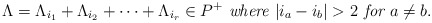
\begin{align*} \Lambda=\Lambda_{i_1}+\Lambda_{i_2}+\dots+\Lambda_{i_r}\in P^+\textit{ where }|i_a-i_b|>2\textit{ for }a\neq b.\end{align*}